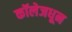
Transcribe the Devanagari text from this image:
कॉलेजधून